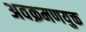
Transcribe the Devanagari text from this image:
अवक्रमणयुक्त